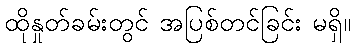
ထိုနှုတ်ခမ်းတွင် အပြစ်တင်ခြင်း မရှိ။